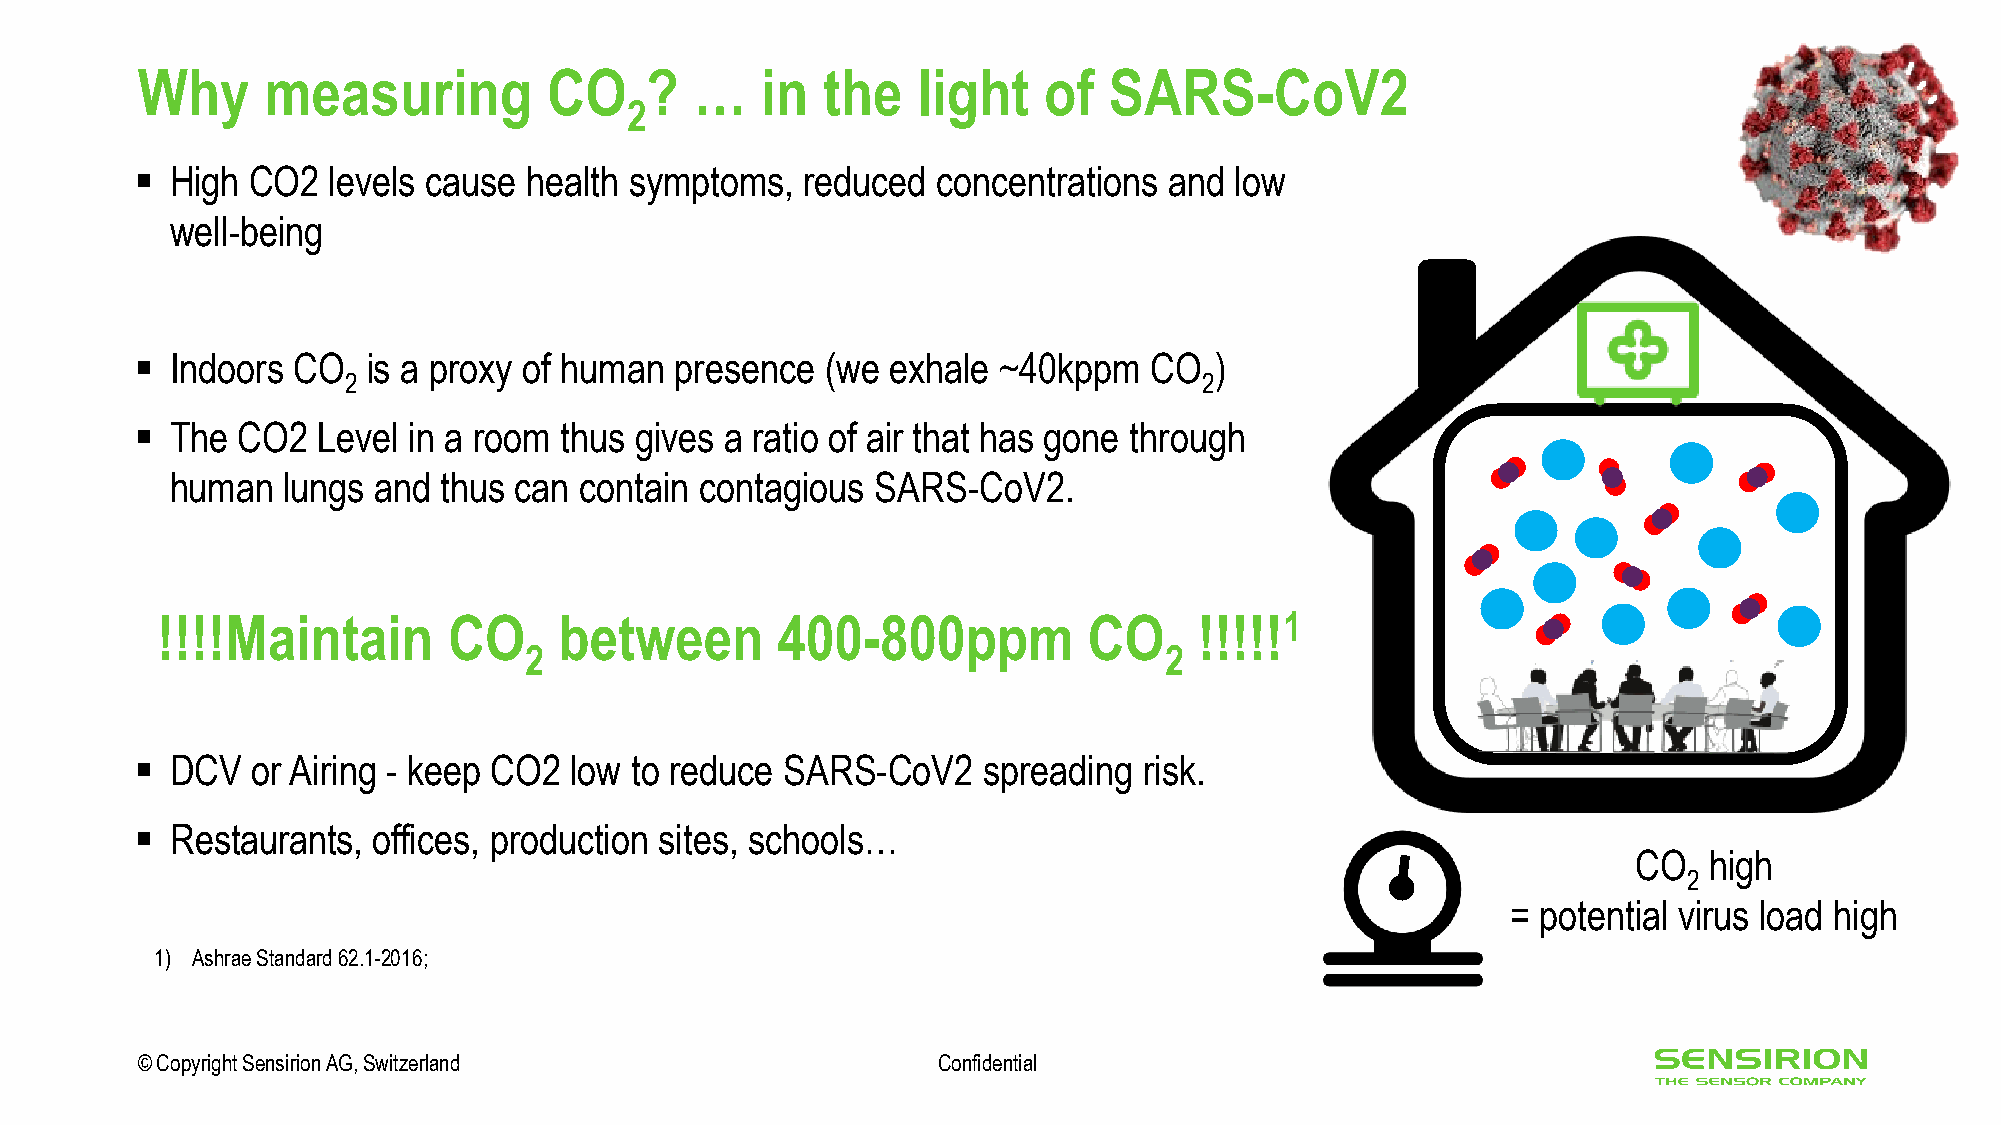
Why     measuring          CO     ?  …   in  the    light   of  SARS-CoV2
 2
 ▪ High  CO2  levels cause health symptoms,  reduced  concentrations and  low
 well-being
 ▪ Indoors CO   is a proxy of human  presence  (we exhale ~40kppm   CO  )
 2                                                        2
 ▪ The  CO2  Level in a room thus gives a ratio of air that has gone through
 human   lungs and thus can contain contagious  SARS-CoV2.
 !!!!Maintain        CO     between       400-800ppm           CO     !!!!!1
 2                                         2
 ▪ DCV   or Airing - keep CO2 low to reduce SARS-CoV2    spreading  risk.
 ▪ Restaurants,  offices, production sites, schools…
 CCOO hliogwh
 22
 == p pootetenntitaial lv viriuruss l oloaadd h liogwh
 1) AshraeStandard 62.1-2016;
 © Copyright Sensirion AG, Switzerland                Confidential